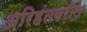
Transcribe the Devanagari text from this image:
अरिहंतवरील